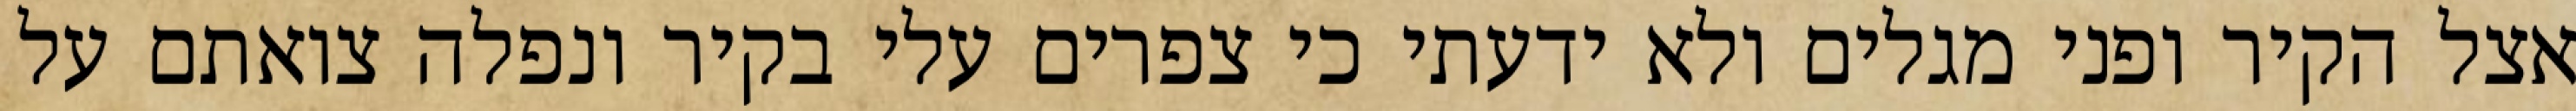
אצל הקיר ופני מגלים ולא ידעתי כי צפרים עלי בקיר‏ ונפלה צואתם על